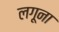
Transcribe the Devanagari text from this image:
लगूना